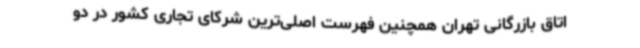
اتاق بازرگانی تهران همچنین فهرست اصلی‌ترین شرکای تجاری کشور در دو